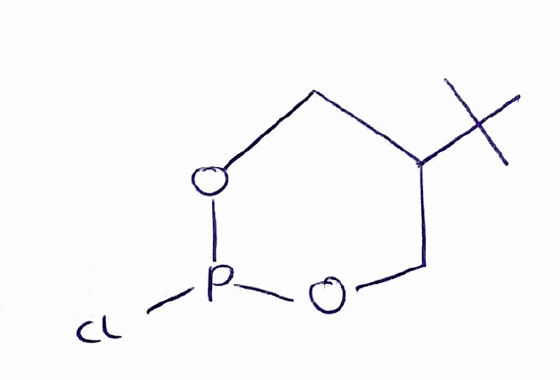
Simplified molecular-input line-entry system (SMILES) notation of the given molecule:
CC(C)(C)C1COP(OC1)Cl